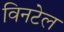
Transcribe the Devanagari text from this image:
विनटेल